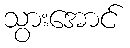
သွားအောင်